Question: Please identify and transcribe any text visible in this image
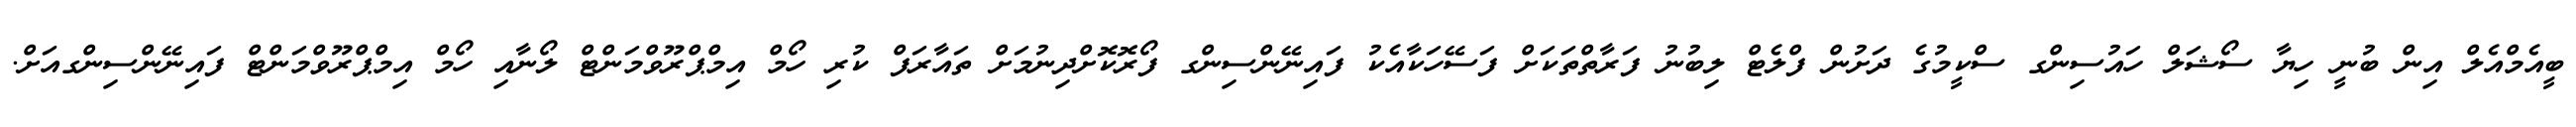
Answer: ބީއެމްއެލް އިން ބުނީ ހިޔާ ސޯޝަލް ހައުސިންގ ސްކީމުގެ ދަށުން ފްލެޓް ލިބުނު ފަރާތްތަކަށް ފަސޭހަކާއެކު ފައިނޭންސިންގ ފޯރޮކޮށްދިނުމަށް ތައާރަފް ކުރި ހޯމް އިމްޕްރޫވްމަންޓް ލޯނާއި ހޯމް އިމްޕްރޫވްމަންޓް ފައިނޭންސިންގއަށް.